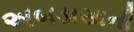
અબડાસાની